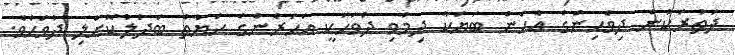
ދަތުރަކުން ދިވެހިންގެ އެހެން ބަޔަކާ ދިމާވި ދުވަހަކީ އަހަރެންގެ ހަޔާތް ބަދަލުކޮށްލި ދުވަހެވެ.